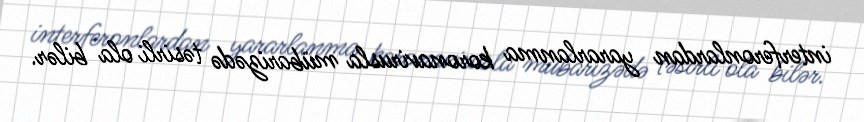
interferonlardan yararlanma koronavirusla mübarizədə təsirli ola bilər.